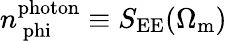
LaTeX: n_{\mathrm{\ phi}}^{\mathrm{photon}}\equiv S_{\mathrm{EE}}(\Omega_{\mathrm{m}})